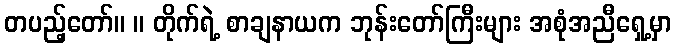
တပည့်တော်။ ။ တိုက်ရဲ့ စာချနာယက ဘုန်းတော်ကြီးများ အစုံအညီရှေ့မှာ